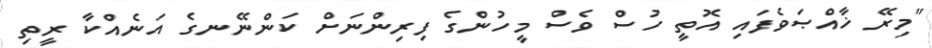
"މިރޭ ޚާއްޞަވެފައި އޮތީ ހުސް ވެސް މީހުންގެ ފިރިންނަށް ކަންނޭނގެ އަނެއްކާ ރީތި